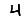
Digit: 4